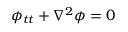
\phi _ { t t } + \nabla ^ { 2 } \phi = 0